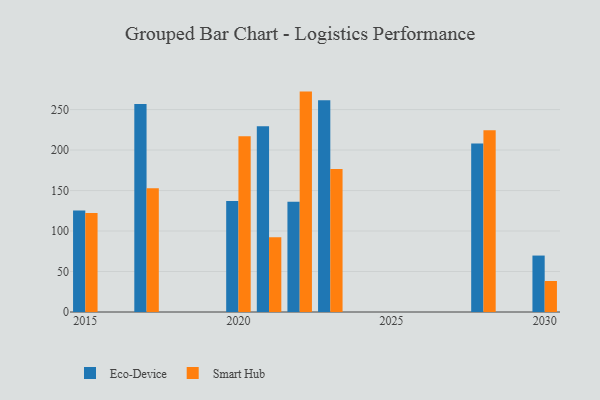
{"axis": {"x": "Year", "y": "Gross Profit (USD K)"}, "legend": ["Eco-Device", "Smart Hub"], "data": [{"x": "2020", "y": 137.1, "type": "Eco-Device"}, {"x": "2020", "y": 217.0, "type": "Smart Hub"}, {"x": "2028", "y": 208.0, "type": "Eco-Device"}, {"x": "2028", "y": 224.5, "type": "Smart Hub"}, {"x": "2022", "y": 136.1, "type": "Eco-Device"}, {"x": "2022", "y": 272.2, "type": "Smart Hub"}, {"x": "2023", "y": 261.6, "type": "Eco-Device"}, {"x": "2023", "y": 176.6, "type": "Smart Hub"}, {"x": "2017", "y": 257.0, "type": "Eco-Device"}, {"x": "2017", "y": 152.7, "type": "Smart Hub"}, {"x": "2030", "y": 69.7, "type": "Eco-Device"}, {"x": "2030", "y": 38.3, "type": "Smart Hub"}, {"x": "2015", "y": 125.3, "type": "Eco-Device"}, {"x": "2015", "y": 122.4, "type": "Smart Hub"}, {"x": "2021", "y": 229.5, "type": "Eco-Device"}, {"x": "2021", "y": 92.3, "type": "Smart Hub"}]}